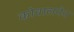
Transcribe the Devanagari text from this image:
कोवालनेन